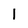
Character: I